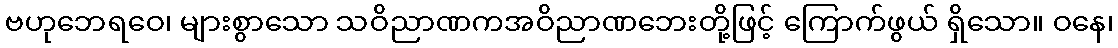
ဗဟုဘေရဝေ၊ များစွာသော သဝိညာဏကအဝိညာဏဘေးတို့ဖြင့် ကြောက်ဖွယ် ရှိသော။ ဝနေ၊